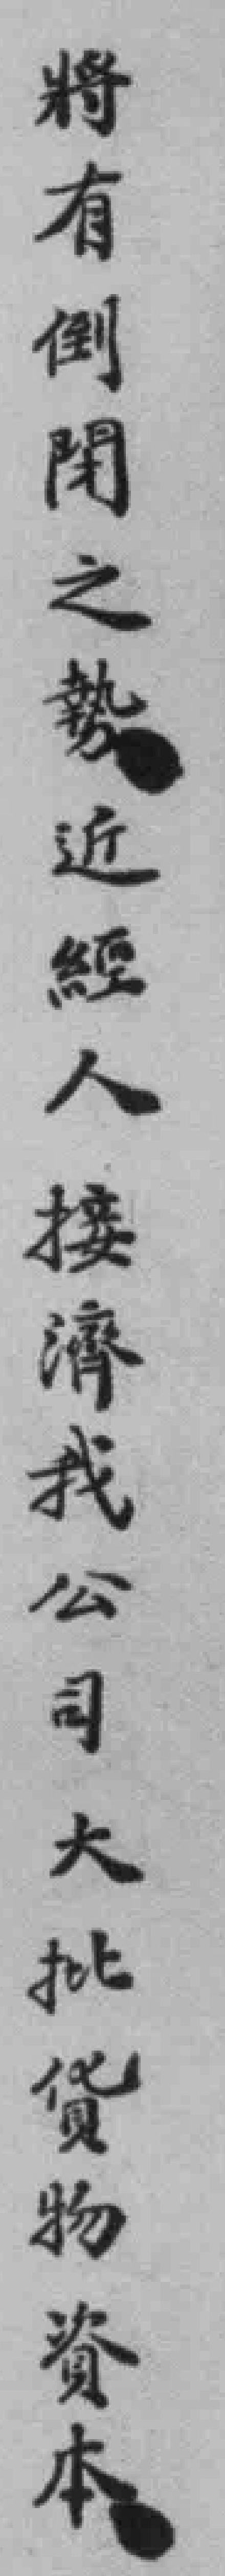
将有倒閉之勢近經人接濟我公司大批貨物資本